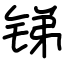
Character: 锑